Vaccination report Assam 1874-1896 - 1874-1896
Year: 1874
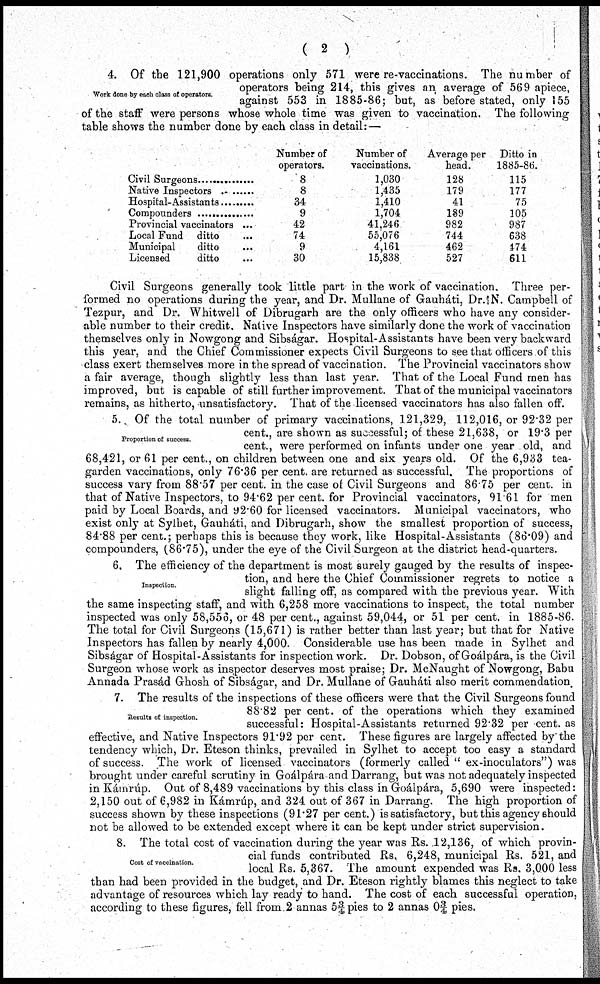
( 2 )
Work done by each class of operators.
4. Of the 121,900 operations only 571 were re-vaccinations. The number of
operators being 214, this gives an average of 569 apiece,
against 553 in 1885-86; but, as before stated, only 155
of the staff were persons whose whole time was given to vaccination. The following
table shows the number done by each class in detail:—
Civil Surgeons .................
Native Inspectors .............
Hospital-Assistants .........
Compounders ..............
Provincial vaccinators ...
Local Fund ditto ...
Municipal
ditto ...
Licensed
ditto ...
Number of
operators.
8
8
34
9
42
74
9
30
Number of
vaccinations.
1,030
1,435
1,410
1,704
41,246
55,076
4,161
15,838
Average per
head.
128
179
41
189
982
744
462
527
Ditto in
1885-86.
115
177
75
105
987
638
474
611
Civil Surgeons generally took little part in the work of vaccination. Three per-
formed no operations during the year, and Dr. Mullane of Gauháti, Dr.N. Campbell of
Tezpur, and Dr. Whitwell of Dibrugarh are the only officers who have any consider-
able number to their credit. Native Inspectors have similarly done the work of vaccination
themselves only in Nowgong and Sibságar. Hospital-Assistants have been very backward
this year, and the Chief Commissioner expects Civil Surgeons to see that officers of this
class exert themselves more in the spread of vaccination. The Provincial vaccinators show
a fair average, though slightly less than last year. That of the Local Fund men has
improved, but is capable of still further improvement. That of the municipal vaccinators
remains, as hitherto, unsatisfactory. That of the licensed vaccinators has also fallen off.
Proportion of success.
5. Of the total number of primary vaccinations, 121,329, 112,016, or 92.32 per
cent., are shown as successful; of these 21,638, or 19.3 per
cent., were performed on infants under one year old, and
68,421, or 61 per cent., on children between one and six years old. Of the 6,933 tea-
garden vaccinations, only 76.36 per cent. are returned as successful. The proportions of
success vary from 88.57 per cent. in the case of Civil Surgeons and 86.75 per cent. in
that of Native Inspectors, to 94.62 per cent. for Provincial vaccinators, 91 61 for men
paid by Local Boards, and 92.60 for licensed vaccinators. Municipal vaccinators, who
exist only at Sylhet, Gauháti, and Dibrugarh, show the smallest proportion of success,
84.88 per cent.; perhaps this is because they work, like Hospital-Assistants (86.09) and
compounders, (86.75), under the eye of the Civil Surgeon at the district head-quarters.
Inspection
6. The efficiency of the department is most surely gauged by the results of inspec-
tion, and here the Chief Commissioner regrets to notice a
slight falling off, as compared with the previous year. With
the same inspecting staff, and with 6,258 more vaccinations to inspect, the total number
inspected was only 58,556, or 48 per cent., against 59,044, or 51 per cent. in 1885-86.
The total for Civil Surgeons (15,671) is rather better than last year; but that for Native
Inspectors has fallen by nearly 4,000. Considerable use has been made in Sylhet and
Sibságar of Hospital-Assistants for inspection work. Dr. Dobson, of Goálpára, is the Civil
Surgeon whose work as inspector deserves most praise; Dr. McNaught of Nowgong, Babu
Annada Prasád Ghosh of Sibságar, and Dr. Mullane of Gauháti also merit commendation.
Results of inspection.
7. The results of the inspections of these officers were that the Civil Surgeons found
88.82 per cent. of the operations which they examined
successful: Hospital-Assistants returned 92.32 per cent. as
effective, and Native Inspectors 91.92 per cent. These figures are largely affected by the
tendency which, Dr. Eteson thinks, prevailed in Sylhet to accept too easy a standard
of success. The work of licensed vaccinators (formerly called " ex-inoculators") was
brought under careful scrutiny in Goálpára and Darrang, but was not adequately inspected
in Kámrúp. Out of 8,489 vaccinations by this class in Goálpára, 5,690 were inspected:
2,150 out of 6,982 in Kámrúp, and 324 out of 367 in Darrang. The high proportion of
success shown by these inspections (91.27 per cent.) is satisfactory, but this agency should
not be allowed to be extended except where it can be kept under strict supervision.
Cost of vaccination.
8. The total cost of vaccination during the year was Rs. 12,136, of which provin-
cial funds contributed Rs. 6,248, municipal Rs. 521, and
local Rs. 5,367. The amount expended was Rs. 3,000 less
than had been provided in the budget, and Dr. Eteson rightly blames this neglect to take
advantage of resources which lay ready to hand. The cost of each successful operation,
according to these figures, fell from 2 annas 5 ¾ pies to 2 annas 0¾ pies.